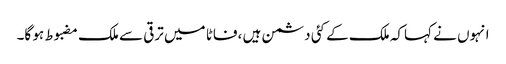
انہوں نے کہاکہ ملک کے کئی دشمن ہیں ،فاٹا میں ترقی سے ملک مضبوط ہو گا۔